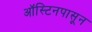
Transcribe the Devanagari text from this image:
ऑस्टिनपासून